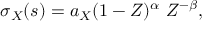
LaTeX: \sigma _ { X } ( s ) = a _ { X } ( 1 - Z ) ^ { \alpha } \ Z ^ { - \beta } ,